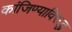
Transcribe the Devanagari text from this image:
कांजिण्याविरुद्ध